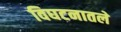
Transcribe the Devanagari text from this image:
विघटनातले